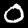
Digit: 0